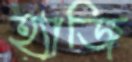
হ্যাজি